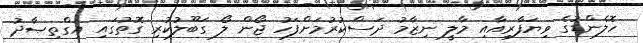
ހޮލެންޑުގެ ވިޔަފާރިއާއި މާލީ ނިޒާމު ދަސްކުރުމަށްފަހު ޖޯން ލޯ ގަބޫލުކުރި ގޮތުގައި އިގްތިޞާދު